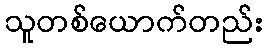
သူတစ်ယောက်တည်း